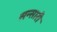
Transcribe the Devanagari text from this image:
सन्सारी